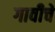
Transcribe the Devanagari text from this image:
गावीचे